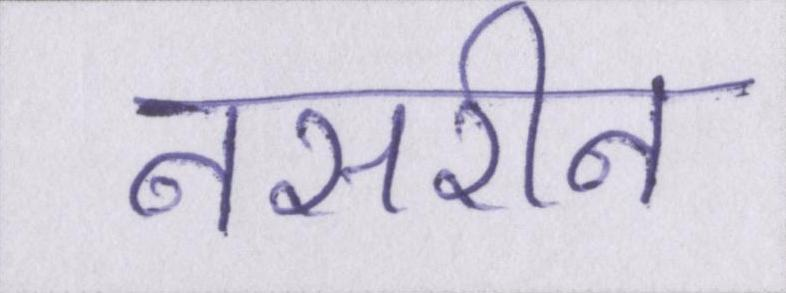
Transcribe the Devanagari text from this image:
नसरीन